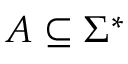
A \subseteq \Sigma ^ { * }